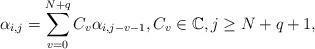
LaTeX: \begin{align*} \alpha_{i,j}=\sum_{v=0}^{N+q} C_v \alpha_{i,j-v-1},C_v \in \mathbb{C}, j \ge N+q+1,\end{align*}